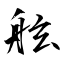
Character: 絃